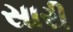
સારી